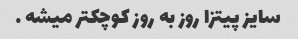
سایز پیتزا روز به روز کوچکتر میشه …